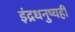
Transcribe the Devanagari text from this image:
इंद्रधनुष्यही